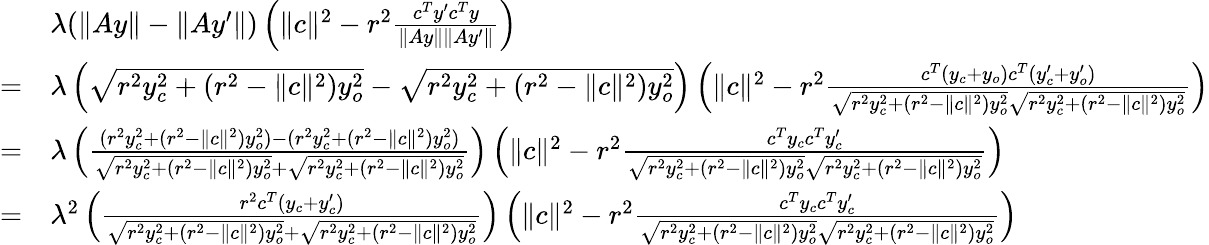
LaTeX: \begin{array}{rl}&{\lambda(\| Ay\| -\| Ay^{\prime}\| )\left(\| c\| ^{2}-r^{2}\frac{c^{T}y^{\prime}c^{T}y}{\| Ay\| \| Ay^{\prime}\| }\right)}\\ {=}&{\lambda\left(\sqrt{r^{2}y_{c}^{2}+(r^{2}-\| c\| ^{2})y_{o}^{2}}-\sqrt{r^{2}y_{c}^{2}+(r^{2}-\| c\| ^{2})y_{o}^{2}}\right)\left(\| c\| ^{2}-r^{2}\frac{c^{T}(y_{c}+y_{o})c^{T}(y_{c}^{\prime}+y_{o}^{\prime})}{\sqrt{r^{2}y_{c}^{2}+(r^{2}-\| c\| ^{2})y_{o}^{2}}\sqrt{r^{2}y_{c}^{2}+(r^{2}-\| c\| ^{2})y_{o}^{2}}}\right)}\\ {=}&{\lambda\left(\frac{(r^{2}y_{c}^{2}+(r^{2}-\| c\| ^{2})y_{o}^{2})-(r^{2}y_{c}^{2}+(r^{2}-\| c\| ^{2})y_{o}^{2})}{\sqrt{r^{2}y_{c}^{2}+(r^{2}-\| c\| ^{2})y_{o}^{2}}+\sqrt{r^{2}y_{c}^{2}+(r^{2}-\| c\| ^{2})y_{o}^{2}}}\right)\left(\| c\| ^{2}-r^{2}\frac{c^{T}y_{c}c^{T}y_{c}^{\prime}}{\sqrt{r^{2}y_{c}^{2}+(r^{2}-\| c\| ^{2})y_{o}^{2}}\sqrt{r^{2}y_{c}^{2}+(r^{2}-\| c\| ^{2})y_{o}^{2}}}\right)}\\ {=}&{\lambda^{2}\left(\frac{r^{2}c^{T}(y_{c}+y_{c}^{\prime})}{\sqrt{r^{2}y_{c}^{2}+(r^{2}-\| c\| ^{2})y_{o}^{2}}+\sqrt{r^{2}y_{c}^{2}+(r^{2}-\| c\| ^{2})y_{o}^{2}}}\right)\left(\| c\| ^{2}-r^{2}\frac{c^{T}y_{c}c^{T}y_{c}^{\prime}}{\sqrt{r^{2}y_{c}^{2}+(r^{2}-\| c\| ^{2})y_{o}^{2}}\sqrt{r^{2}y_{c}^{2}+(r^{2}-\| c\| ^{2})y_{o}^{2}}}\right)}\end{array}